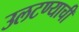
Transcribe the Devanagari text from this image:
उलटण्याची